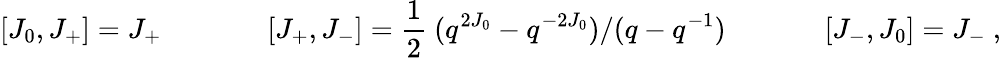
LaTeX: [J_{0},J_{+}]=J_{+}~~~~~~~~~~~~~~~[J_{+},J_{-}]={\frac{1}{2}}~(q^{2J_{0}}-q^{-2J_{0}})/(q-q^{-1})~~~~~~~~~~~~~~[J_{-},J_{0}]=J_{-}~,